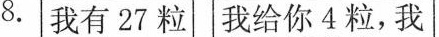
8.我有27粒我给你4粒，我